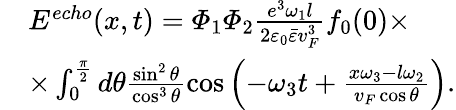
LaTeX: \begin{array}{rl}&{E^{echo}(x,t)=\varPhi_{1}\varPhi_{2}\frac{e^{3}\omega_{1}l}{2\varepsilon_{0}\bar{\varepsilon}v_{F}^{3}}f_{0}(0)\times}\\ &{\times\int_{0}^{\frac{\pi}{2}}d\theta\frac{\sin^{2}\theta}{\cos^{3}\theta}\cos\left(-\omega_{3}t+\frac{x\omega_{3}-l\omega_{2}}{v_{F}\cos\theta}\right).}\end{array}